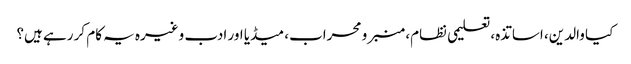
کیا والدین، اساتذہ، تعلیمی نظام، منبر و محراب، میڈیا اور ادب وغیرہ یہ کام کر رہے ہیں؟